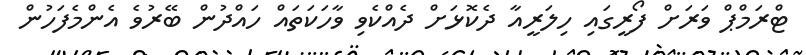
ޓްރަމްޕް ވަރަށް ފޯރީގައި ހިލަރީއާ ދެކޮޅަށް ދެއްކެވި ވާހަކަތައް ހައްދުން ބޭރުވެ އެންމެފަހުން